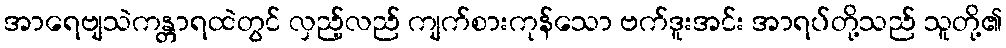
အာရေဗျသဲကန္တာရထဲတွင် လှည့်လည် ကျက်စားကုန်သော ဗက်ဒူးအင်း အာရပ်တို့သည် သူတို့၏